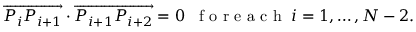
\overrightarrow { P _ { i } P _ { i + 1 } } \cdot \overrightarrow { P _ { i + 1 } P _ { i + 2 } } = 0 \; \; \textrm { f o r e a c h } \; i = 1 , \dots , N - 2 .